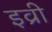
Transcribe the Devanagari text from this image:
इव्री